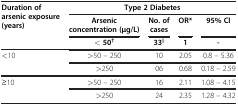
| <ROWSPAN=3> Duration of arsenic exposure (years) | <COLSPAN=4> Type 2 Diabetes |
 | Arsenic concentration (μg/L) | No. of cases | OR* | 95% CI |
 | <underline><</underline> 50† | 33§ | 1 | - |
 | --- | --- | --- | --- | --- |
 | <ROWSPAN=2> <10 | >50 – 250 | 10 | 2.05 | 0.8 – 5.36 |
 | >250 | 06 | 0.68 | 0.18 – 2.59 |
 | <ROWSPAN=2> ≥10 | >50 – 250 | 16 | 2.11 | 1.08 – 4.15 |
 | >250 | 24 | 2.35 | 1.28 – 4.32 |